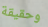
وحقيقة